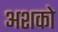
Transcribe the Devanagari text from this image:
अशको